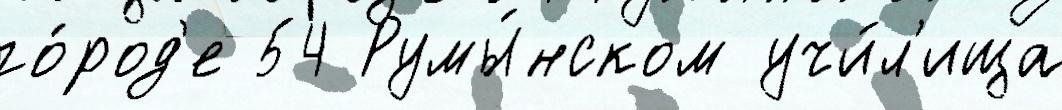
го́род'е 54 Румы́нском учи́л'ища